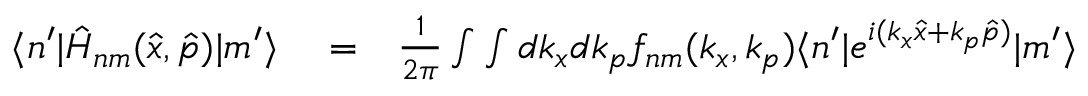
\begin{array} { r l r } { \langle n ^ { \prime } | \hat { H } _ { n m } ( \hat { x } , \hat { p } ) | m ^ { \prime } \rangle } & { { } = } & { \frac { 1 } { 2 \pi } \int \int d k _ { x } d k _ { p } f _ { n m } ( k _ { x } , k _ { p } ) \langle n ^ { \prime } | e ^ { i ( k _ { x } \hat { x } + k _ { p } \hat { p } ) } | m ^ { \prime } \rangle } \end{array}